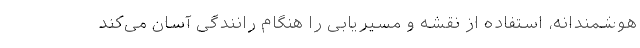
هوشمندانه، استفاده از نقشه و مسیریابی را هنگام رانندگی آسان‌ می‌کند